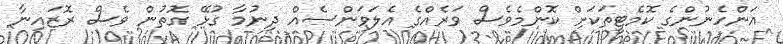
އަންހެނުންގެ ކޮމެޓީތަކަށް ކޮންމެވެސް ވަރެއްގެ އެލަވަންސެއް ދިނުމާ ގުޅޭ ގޮތުން ވެސް ރޮޒައިނާ